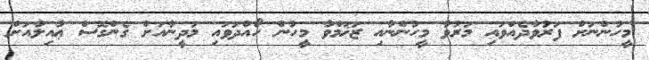
މީހުންނަށް ފަރުވާދެއްވައި މަރުވާ މީހުންނާއި ޒަޚަމްވާ މީހުން ހޯއްދަވައި މަދީނާއަށް ގެންގޮސް ޢާއިލާއަށް